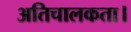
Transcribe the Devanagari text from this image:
अतिचालकता।